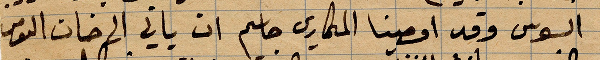
السوس وقد اوصينا المكاري جاسم ان يأتي الى خان ...